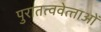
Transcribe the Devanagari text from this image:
पुरातत्ववेत्‍ताओं